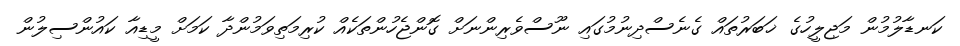
ކަނޑާލުމުން މަޖިލީހުގެ ޚަބަރުތައް ގެނެސްދިނުމުގައި ނޫސްވެރިންނަށް ގޮންޖެހުންތަކެއް ކުރިމަތިވަމުންދާ ކަމަށް މީޑިއާ ކައުންސިލުން